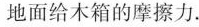
地面给木箱的摩擦力.